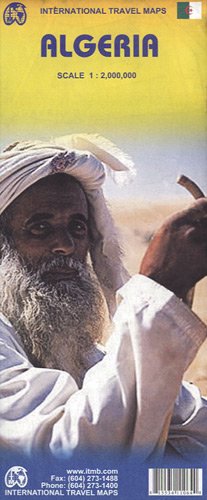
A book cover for Algeria 1:1,200,000 Travel Reference Map (International Travel Maps); International Travel Maps and Books; Travel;